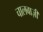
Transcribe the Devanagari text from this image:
चालबाज़ी